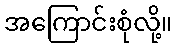
အကြောင်းစုံလို့။